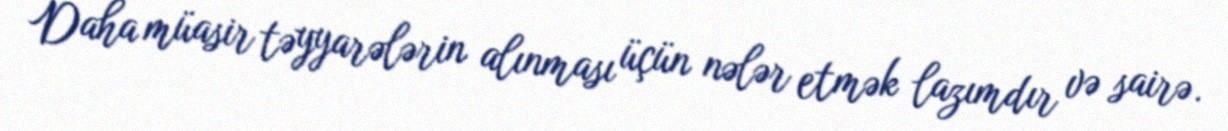
Daha müasir təyyarələrin alınması üçün nələr etmək lazımdır və sairə.